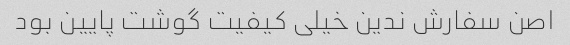
اصن سفارش ندین خیلی کیفیت گوشت پایین بود